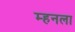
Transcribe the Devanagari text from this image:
म्हनला